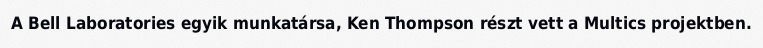
A Bell Laboratories egyik munkatársa, Ken Thompson részt vett a Multics projektben.